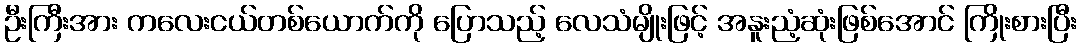
ဦးကြီးအား ကလေးငယ်တစ်ယောက်ကို ပြောသည့် လေသံမျိုးဖြင့် အနူးညံ့ဆုံးဖြစ်အောင် ကြိုးစားပြီး